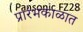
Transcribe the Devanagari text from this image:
प्रारंभकाळात